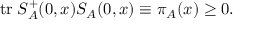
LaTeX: \mathrm { t r } \; S _ { A } ^ { + } ( 0 , x ) S _ { A } ( 0 , x ) \equiv \pi _ { A } ( x ) \geq 0 .